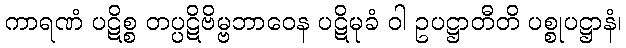
ကာရဏံ ပဋိစ္စ တပ္ပဋိဗိမ္ဗဘာဝေန ပဋိမုခံ ဝါ ဥပဋ္ဌာတီတိ ပစ္စုပဋ္ဌာနံ၊